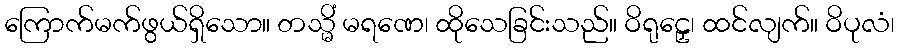
ကြောက်မက်ဖွယ်ရှိသော။ တသ္မိံ မရဏေ၊ ထိုသေခြင်းသည်။ ဝိရုဠှေ၊ ထင်လျက်။ ဝိပုလံ၊